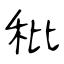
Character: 秕